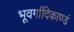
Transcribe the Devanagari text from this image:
भूवर्गादिकाण्डं